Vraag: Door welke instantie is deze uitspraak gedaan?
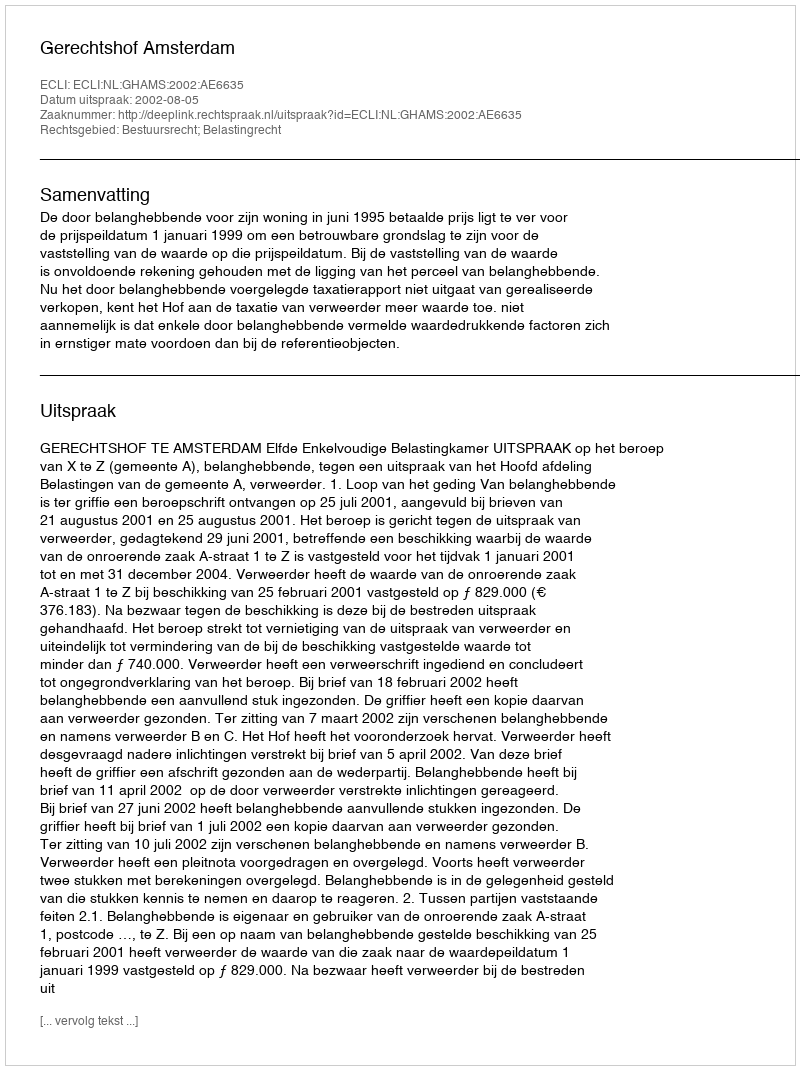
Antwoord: Gerechtshof Amsterdam